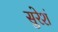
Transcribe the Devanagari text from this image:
सुरेशं